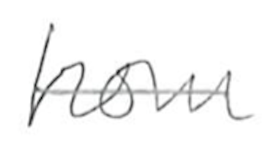
Text: from
Cross-out: single-line
Writing tool: pencil